Medical and sanitary report of the native army of Bengal for the year
Year: 1878
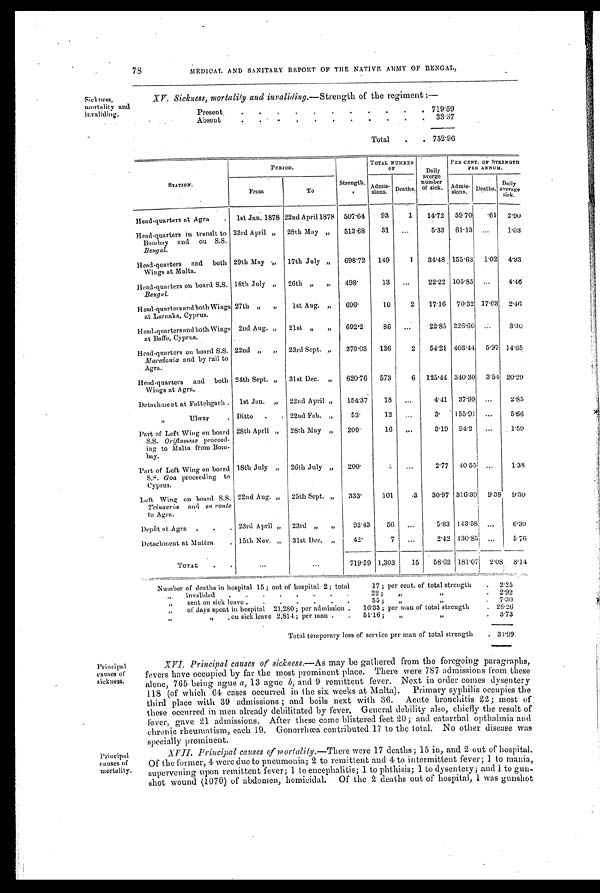
XV. Sickness, mortality and invaliding.—Strength of the regiment :—
Present
. . .
.
.
.
.
. .
. . 719.59
Absent
. . . . . .
.
. 3 3 . 3 7
Total . .
7 5 2 . 9 6
Slickness,
mortalit y a n d i n v a l i d i n g .
78
MEDICAL AND SANITARY REPORT OF THE NATIVE ARMY OF BENGAL,
STATION.
Head-quarters at Agra .
PERIOD.
Strength.
507.64
TOTAL NUMBE OF
OF
Daily
a v e r a g e n u mb e r o f s i c k .
14.72
PER CENT. OF STRENGTH PER ANNUM.
From
1st Jan. 1878
To
22nd April 1878
Admis- sions.
93
Deaths
1
Admi s-si
ons.
59.70
D e a t h s .
.61
Daily aver age s i ck.
2.90
Head-quarters in transit to
Bombay and on S.S.
Bengal.
23rd April „ 28th May „ 513.68
31
. . .
5.33 61.13
. . . 1.03
Head-quarters and both
Wings at Malta.
29th May „ 17th July „ 698.72 149
1 34.48 155.63 1.02 4.93
Head-quarters on board S.S.
Bengal.
18th July „ 26th ,, ,, 498.
13 ...
22.22 105.85 ...
4. 46
H ead-quarters and both Wings
at Larnaka, Cyprus.
27th ,, ,, 1st Aug. „ 696.
10
2 17.16 70.32 17.03 2.46
Head-quarters and both Wings
at Baffo, Cyprus.
2nd Aug. „ 21st „ „ 692.2
86 ...
22.85 226.66...
3.30
Head-quarters on board S.S.
Macedonia and by rail to
Agra.
22nd „ „ 23rd Sept. „ 370.03 136
2 54.21 403.44 5.97 14.65
Head-quarters and both
Wings at Agra.
24th Sept. „ 31st Dec. „ 620.76 573
6 125.44 3403.0 3.54 20.29
Detachment at Fattehgarh . 1st Jan. „ 22nd April ,, 154.37 18 . . .
4.41 37.99 ...
2.85
Ulwar
Ditto . . 22nd Feb. , ,
53.
12 ...
3. 155.91 ...
5.66
Part of Left Wing on board
S.S. Oriflamme proceed-
ing to Malta from Bom-
bay.
28th Apri1 „ 28th May ,, 200.
16 ...
3.19 94.2 ...
1. 59
Part of Left Wing on board
S.S. Goa proceeding to
Cyprus.
18th July ,, 26th July „ 200.
2 ...
2.77 40.55 ...
1.38
Left Wing on board S.S.
Trinacria and en route
to Agra.
22nd Aug. „ 25th Sept. „ 333.
101
.3 30.97 316.30 9.38 9.30
Depôt at Agra . .
. 23rd April „ 23rd „ „
92.43
56
. . .
5.83 143.58 ...
6.30
Detachment at Muttra
. 15th Nov. „ 31st Dec. „
42.
7 ...
2.42 130.85 ...
5.76
TOTAL . .
...
...
719.59 1,303
15 58.62 181.07j 2.08 8.14
Number of deaths in hospital 15 ; out of hospital 2; total
17 ; per cent, of total strength . 2.25
„ invalided
. . . . . . . .
22 ; „
. 2.92
„ sent on sick leave . . . . . . .
55 ; ,,
, ,
. 7.30
„ of days spent in hospital 21,280; per admission . 16.33; per man of total strength
. 28.26
,,
„ . on sick leave 2,814 ; per man . . 51.16; „
, ,
. 3.73
Total temporary loss of service per man of total strength . 31.99
Principal
causes of
sickness.
Principal
causes of
mortality.
XVI. Principal causes of sickness.—As may be gathered from the foregoing paragraphs,
fevers have occupied by far the most prominent place. There were 787 admissions from these
alone, 765 being ague a, 13 ague b, and 9 remittent fever. Next in order comes dysentery
118 (of which 61 cases occurred in the six weeks at Malta). Primary syphilis occupies the
third place with 39 admissions ; and boils next with 36. Acute bronchitis 22; most of:
these occurred in men already debilitated by fever. General debility also, chiefly the result of
fever, gave 21 admissions. After these come blistered feet 20; and catarrhal opthalmia and
chronic rheumatism, each 19. Gonorrhœa contributed 17 to the total. No other disease was
specially prominent.
XVII. Principal causes of mortality.—There were 17 deaths; 15 in, and 2 out of hospital.
Of the former, 4 were due to pneumonia; 2 to remittent and 4 to intermittent fever; 1 to mania,
supervening upon remittent fever; 1 to encephalitis; 1 to phthisis; 1 to dysentery; and 1 to gun-
shot wound (1070) of abdomen, homicidal. Of the 2 deaths out of hospital, I was gunshot